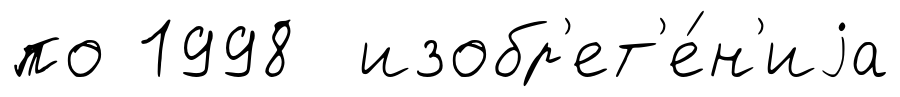
по 1998 изобр'ет'е́н'иjа